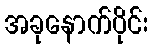
အခုနောက်ပိုင်း